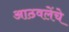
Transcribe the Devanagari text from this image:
आठवलेंचे